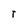
Character: r